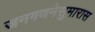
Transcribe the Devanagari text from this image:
जनगणनेसुमारास